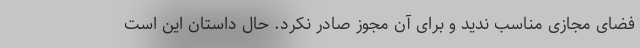
فضای مجازی مناسب ندید و برای آن مجوز صادر نکرد. حال داستان این است